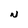
Character: N